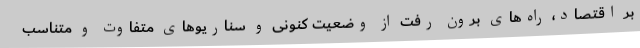
بر اقتصاد، راه‌های برون رفت از وضعیت کنونی و سناریوهای متفاوت و متناسب